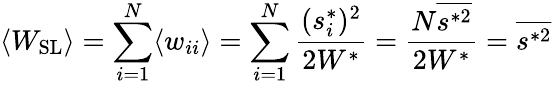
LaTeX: \langle W_{\mathrm{SL}}\rangle=\sum_{i=1}^{N}\langle w_{ii}\rangle=\sum_{i=1}^{N}\frac{(s_{i}^{*})^{2}}{2W^{*}}=\frac{N\overline{{s^{*2}}}}{2W^{*}}={\overline{{s^{*2}}}}